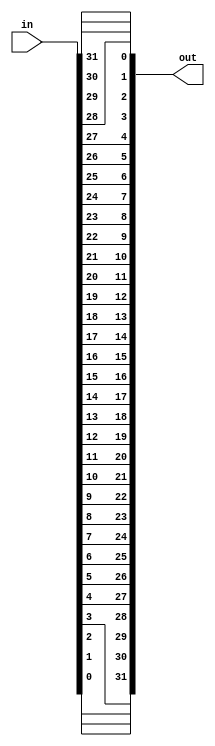
module mod_bit_reverse( in, out );
input wire [31:0]in;
output wire [31:0]out;
genvar i;
generate
  for(i=0; i<32; i=i+1)
  begin
    assign out[31-i] = in[i];
  end
endgenerate
endmodule